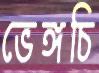
ভেঙ্গচি